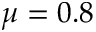
\mu = 0 . 8